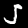
Digit: 5